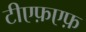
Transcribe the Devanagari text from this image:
टीएफ़एफ़